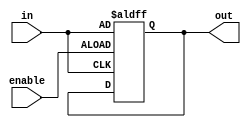
module EnableLatch (
    input enable,
    input in,
    output reg out
);

always @(posedge enable or posedge in)
begin
    if (enable)
        out <= in;
end

endmodule